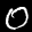
Label: 0